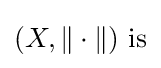
(X,\|\cdot \|){\text{ is}}